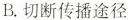
B. 切断传播途径